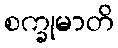
စက္ခုမာတိ